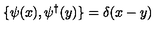
\{ \psi ( x ) , \psi ^ { \dagger } ( y ) \} = \delta ( x - y )